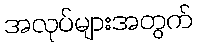
အလုပ်များအတွက်